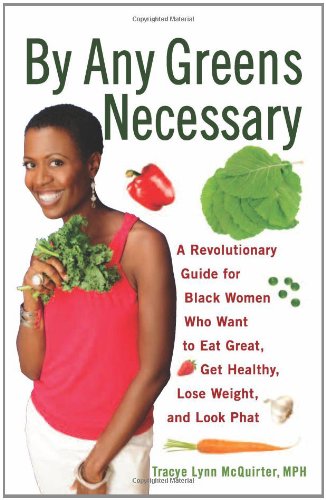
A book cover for By Any Greens Necessary: A Revolutionary Guide for Black Women Who Want to Eat Great, Get Healthy, Lose Weight, and Look Phat; Tracye Lynn McQuirter MPH; Health, Fitness & Dieting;